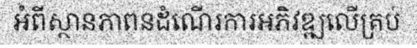
អំពីស្ថានភាពនដំណើរការអភិវឌ្ឍលើគ្រប់